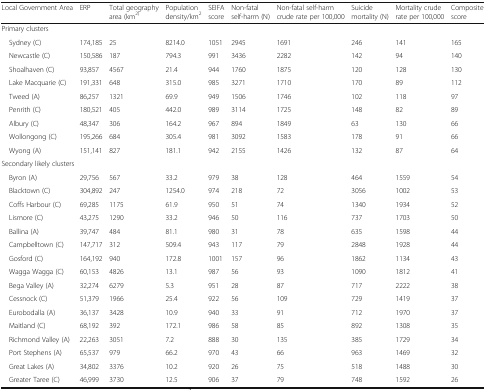
<table><thead><tr><td><b>Local Government Area</b></td><td><b>ERP</b></td><td><b>Total geography area (km<sup>2)</sup></b></td><td><b>Population density/km<sup>2</sup></b></td><td><b>SEIFA score</b></td><td><b>Non-fatal self-harm (N)</b></td><td><b>Non-fatal self-harm crude rate per 100,000</b></td><td><b>Suicide mortality (N)</b></td><td><b>Mortality crude rate per 100,000</b></td><td><b>Composite score</b></td></tr></thead><tbody><tr><td colspan="10">Primary clusters</td></tr><tr><td> Sydney (C)</td><td>174,185</td><td>25</td><td>8214.0</td><td>1051</td><td>2945</td><td>1691</td><td>246</td><td>141</td><td>165</td></tr><tr><td> Newcastle (C)</td><td>150,586</td><td>187</td><td>794.3</td><td>991</td><td>3436</td><td>2282</td><td>142</td><td>94</td><td>140</td></tr><tr><td> Shoalhaven (C)</td><td>93,857</td><td>4567</td><td>21.4</td><td>944</td><td>1760</td><td>1875</td><td>120</td><td>128</td><td>130</td></tr><tr><td> Lake Macquarie (C)</td><td>191,331</td><td>648</td><td>315.0</td><td>985</td><td>3271</td><td>1710</td><td>170</td><td>89</td><td>112</td></tr><tr><td> Tweed (A)</td><td>86,257</td><td>1321</td><td>69.9</td><td>949</td><td>1506</td><td>1746</td><td>102</td><td>118</td><td>97</td></tr><tr><td> Penrith (C)</td><td>180,521</td><td>405</td><td>442.0</td><td>989</td><td>3114</td><td>1725</td><td>148</td><td>82</td><td>89</td></tr><tr><td> Albury (C)</td><td>48,347</td><td>306</td><td>164.2</td><td>967</td><td>894</td><td>1849</td><td>63</td><td>130</td><td>66</td></tr><tr><td> Wollongong (C)</td><td>195,266</td><td>684</td><td>305.4</td><td>981</td><td>3092</td><td>1583</td><td>178</td><td>91</td><td>66</td></tr><tr><td> Wyong (A)</td><td>151,141</td><td>827</td><td>181.1</td><td>942</td><td>2155</td><td>1426</td><td>132</td><td>87</td><td>64</td></tr><tr><td colspan="10">Secondary likely clusters</td></tr><tr><td> Byron (A)</td><td>29,756</td><td>567</td><td>33.2</td><td>979</td><td>38</td><td>128</td><td>464</td><td>1559</td><td>54</td></tr><tr><td> Blacktown (C)</td><td>304,892</td><td>247</td><td>1254.0</td><td>974</td><td>218</td><td>72</td><td>3056</td><td>1002</td><td>53</td></tr><tr><td> Coffs Harbour (C)</td><td>69,285</td><td>1175</td><td>61.9</td><td>950</td><td>51</td><td>74</td><td>1340</td><td>1934</td><td>52</td></tr><tr><td> Lismore (C)</td><td>43,275</td><td>1290</td><td>33.2</td><td>946</td><td>50</td><td>116</td><td>737</td><td>1703</td><td>50</td></tr><tr><td> Ballina (A)</td><td>39,747</td><td>484</td><td>81.1</td><td>980</td><td>31</td><td>78</td><td>635</td><td>1598</td><td>44</td></tr><tr><td> Campbelltown (C)</td><td>147,717</td><td>312</td><td>509.4</td><td>943</td><td>117</td><td>79</td><td>2848</td><td>1928</td><td>44</td></tr><tr><td> Gosford (C)</td><td>164,192</td><td>940</td><td>172.8</td><td>1001</td><td>157</td><td>96</td><td>1862</td><td>1134</td><td>43</td></tr><tr><td> Wagga Wagga (C)</td><td>60,153</td><td>4826</td><td>13.1</td><td>987</td><td>56</td><td>93</td><td>1090</td><td>1812</td><td>41</td></tr><tr><td> Bega Valley (A)</td><td>32,274</td><td>6279</td><td>5.3</td><td>951</td><td>28</td><td>87</td><td>717</td><td>2222</td><td>38</td></tr><tr><td> Cessnock (C)</td><td>51,379</td><td>1966</td><td>25.4</td><td>922</td><td>56</td><td>109</td><td>729</td><td>1419</td><td>37</td></tr><tr><td> Eurobodalla (A)</td><td>36,137</td><td>3428</td><td>10.9</td><td>940</td><td>33</td><td>91</td><td>712</td><td>1970</td><td>37</td></tr><tr><td> Maitland (C)</td><td>68,192</td><td>392</td><td>172.1</td><td>986</td><td>58</td><td>85</td><td>892</td><td>1308</td><td>35</td></tr><tr><td> Richmond Valley (A)</td><td>22,263</td><td>3051</td><td>7.2</td><td>888</td><td>30</td><td>135</td><td>385</td><td>1729</td><td>34</td></tr><tr><td> Port Stephens (A)</td><td>65,537</td><td>979</td><td>66.2</td><td>970</td><td>43</td><td>66</td><td>963</td><td>1469</td><td>32</td></tr><tr><td> Great Lakes (A)</td><td>34,802</td><td>3376</td><td>10.2</td><td>920</td><td>26</td><td>75</td><td>518</td><td>1488</td><td>30</td></tr><tr><td> Greater Taree (C)</td><td>46,999</td><td>3730</td><td>12.5</td><td>906</td><td>37</td><td>79</td><td>748</td><td>1592</td><td>26</td></tr></tbody></table>